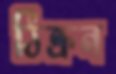
ঠিক্‌রন